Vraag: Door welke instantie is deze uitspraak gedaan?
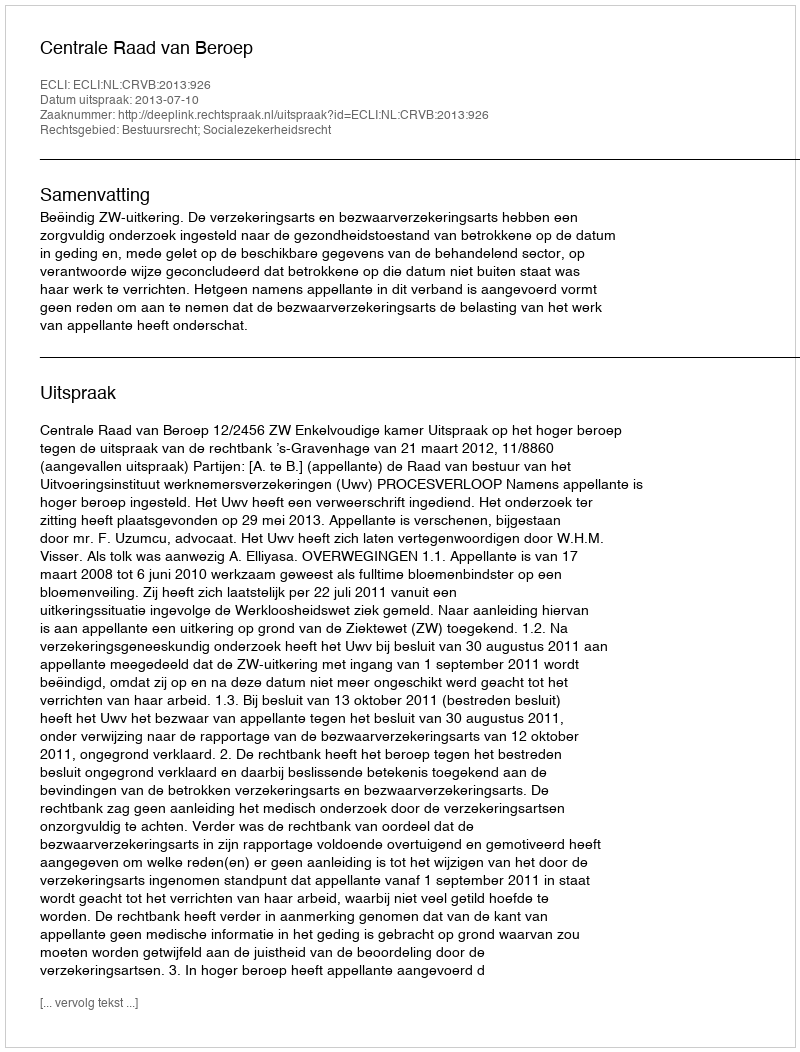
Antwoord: Centrale Raad van Beroep